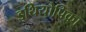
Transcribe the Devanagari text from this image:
इथियोपिका